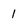
Character: 1